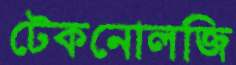
টেকনোলজি